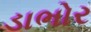
ડાભોર